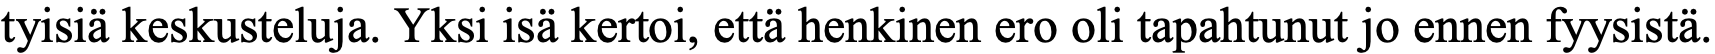
tyisiä keskusteluja. Yksi isä kertoi, että henkinen ero oli tapahtunut jo ennen fyysistä.